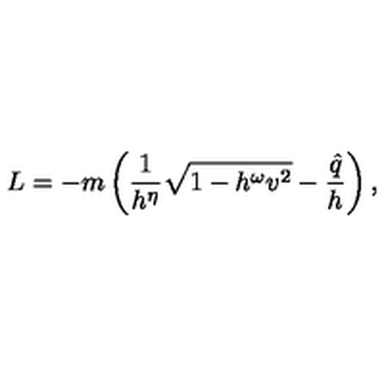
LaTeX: L = - m \left( \frac { 1 } { h ^ { \eta } } \sqrt { 1 - h ^ { \omega } v ^ { 2 } } - \frac { \hat { q } } { h } \right) ,